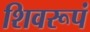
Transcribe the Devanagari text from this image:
शिवरूपं